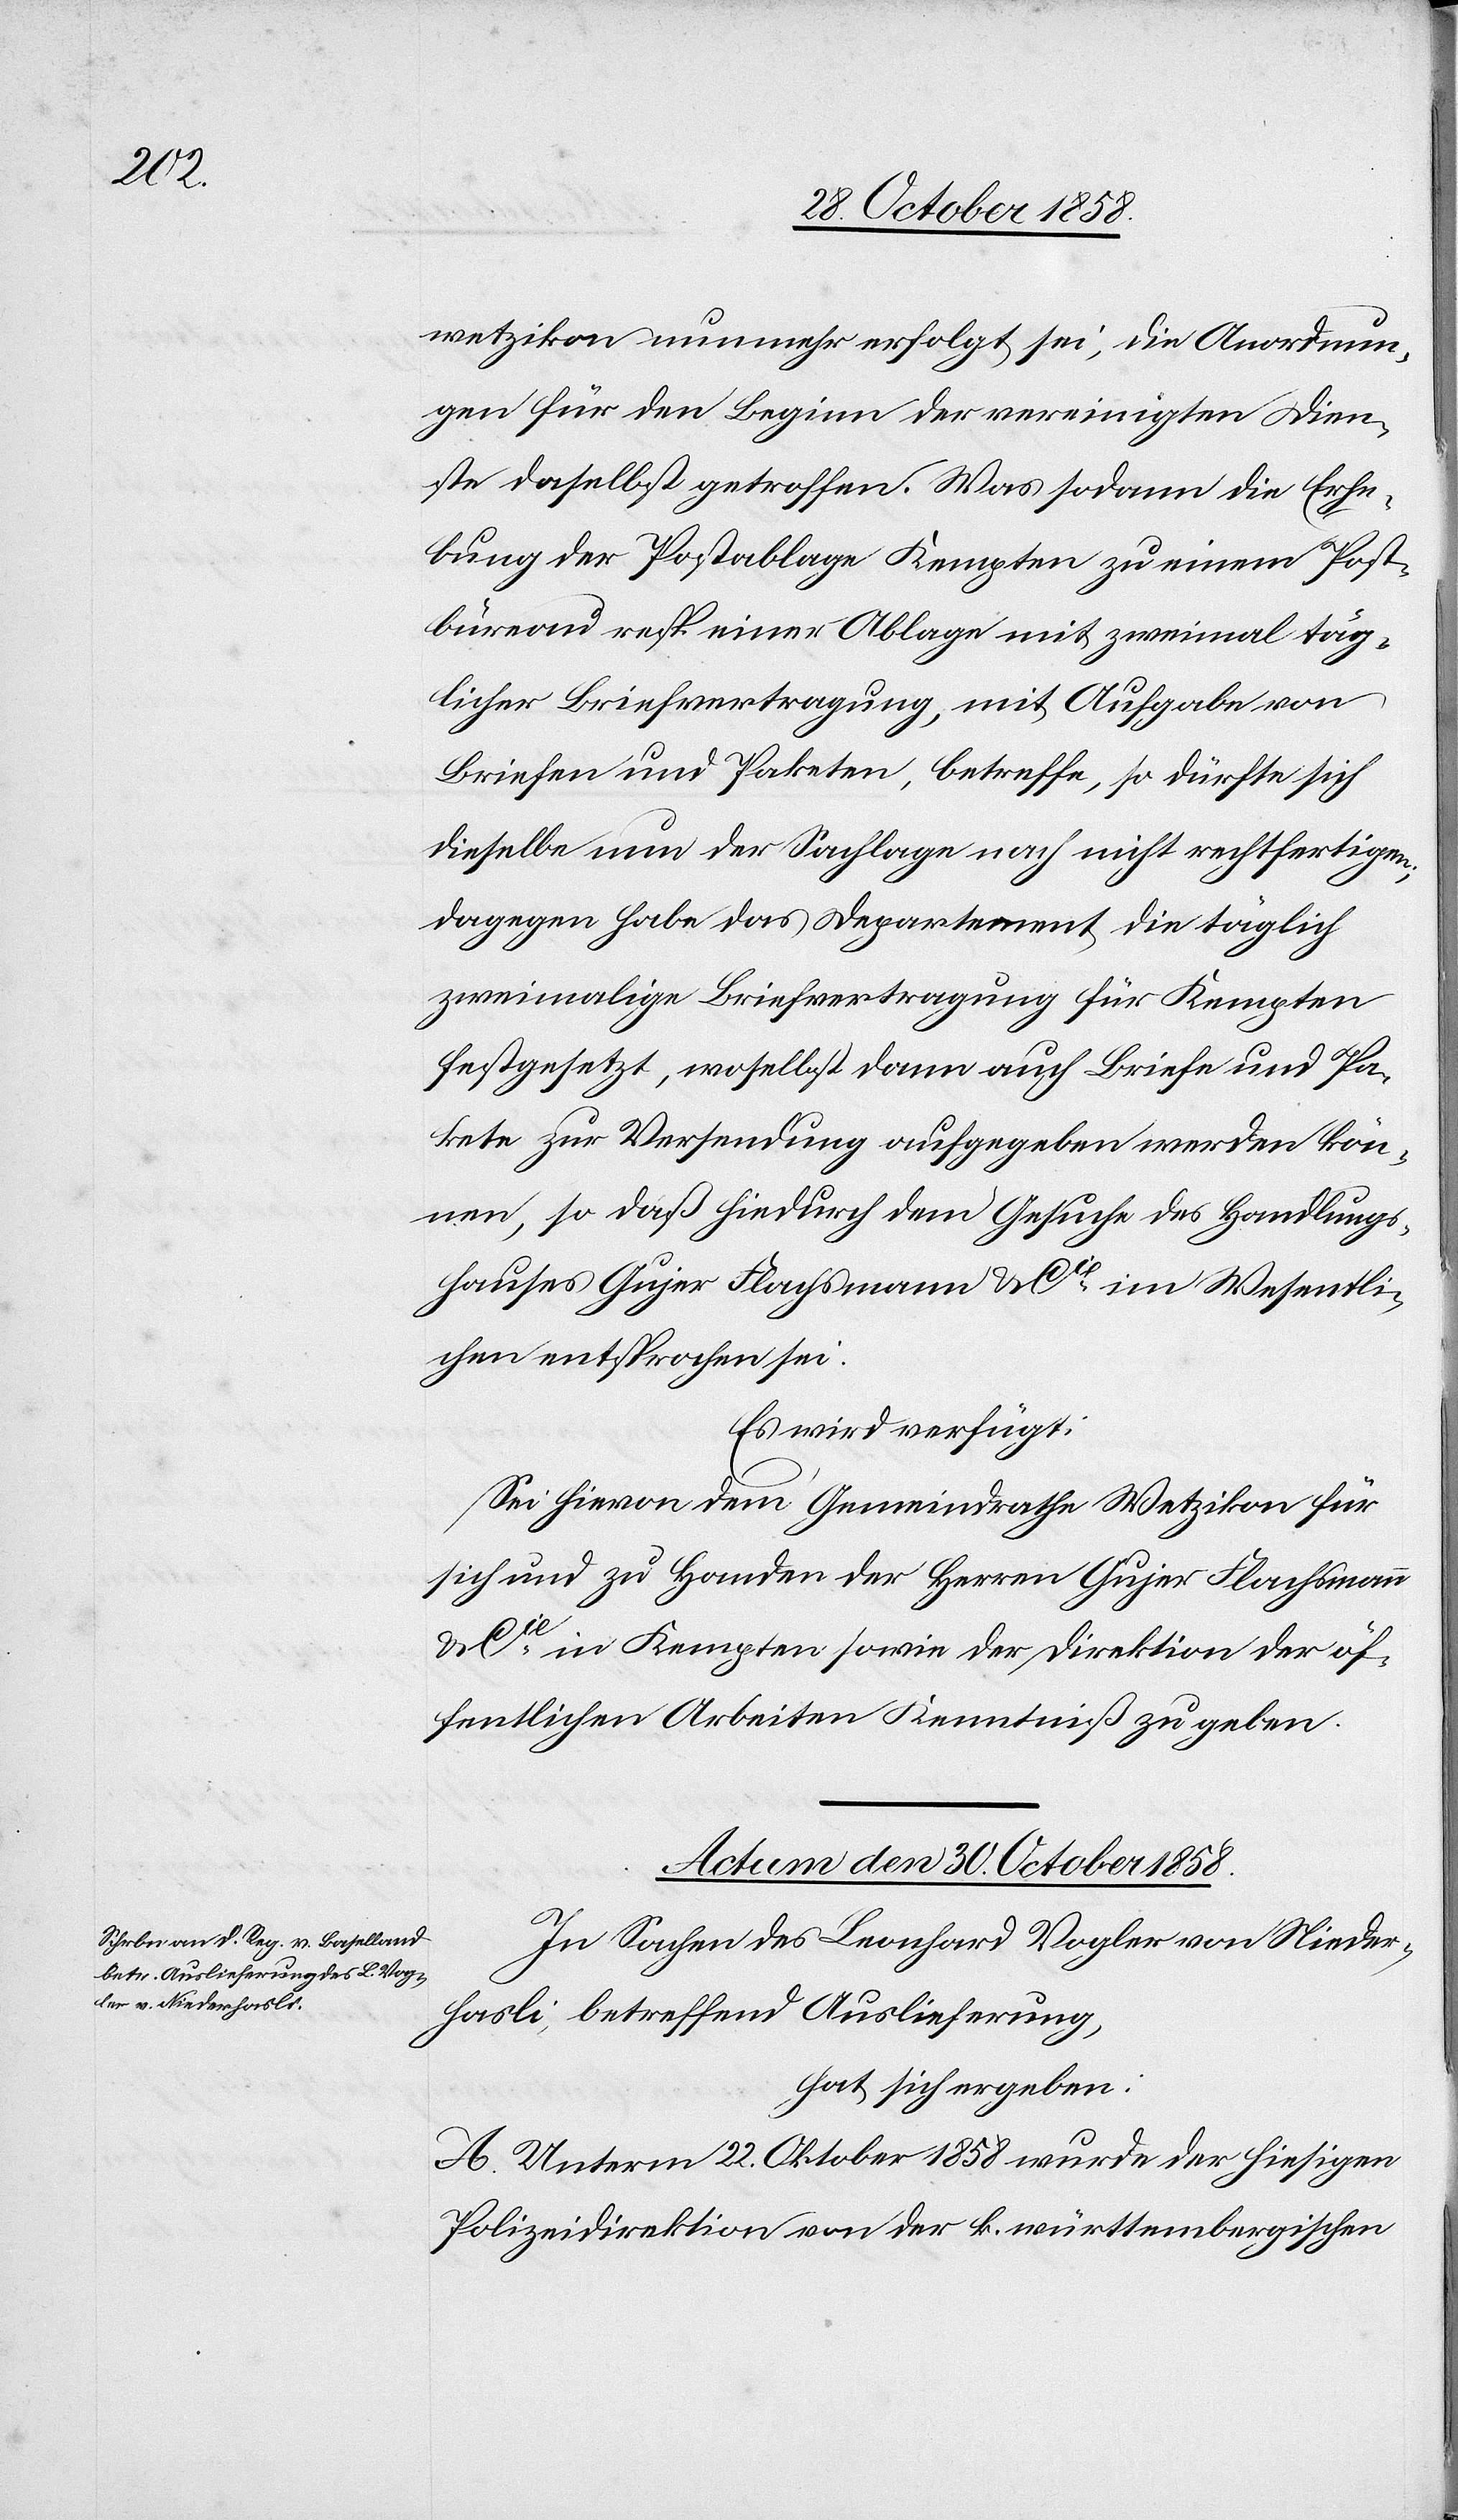
wetzikon nunmehr erfolgt sei, die Anordnun¬
gen für den Beginn der vereinigten Dien¬
ste daselbst getroffen. Was sodann die Erhe¬
bung der Postablage Kempten zu einem Post¬
büreau resp. einer Ablage mit zweimal täg¬
licher Briefvertragung, mit Aufgabe von
Briefen und Paketen, betreffe, so dürfte sich
dieselbe nun der Sachlage nach nicht rechtfertigen;
dagegen habe das Departement die täglich
zweimalige Briefvertragung für Kempten
festgesetzt, woselbst dann auch Briefe und Pa¬
kete zur Versendung aufgegeben werden kön¬
nen, so daß hiedurch dem Gesuche des Handlungs¬
hauses Gujer Flachsmann & Cie im Wesentli¬
chen entsprochen sei.
Es wird verfügt:
Sei hievon dem Gemeindrathe Wetzikon für
sich und zu Handen der Herren Gujer Flachsmann
& Cie in Kempten sowie der Direktion der öf¬
fentlichen Arbeiten Kenntniß zu geben.
Actum den 30. October 1858.
In Sachen des Leonhard Vogler von Nieder¬
hasli, betreffend Auslieferung,
hat sich ergeben:
A. Unterm 22. Oktober 1858 wurde der hiesigen
Polizeidirektion von der k. württembergischen